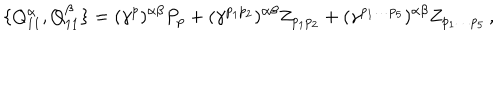
\{ { Q _ { 1 1 } ^ { \alpha } } , { Q _ { 1 1 } ^ { \beta } } \} = ( { \gamma } ^ { p } ) ^ { \alpha \beta } P _ { p } + ( { \gamma } ^ { p _ { 1 } p _ { 2 } } ) ^ { \alpha \beta } Z _ { p _ { 1 } p _ { 2 } } + ( { \gamma } ^ { p _ { 1 } \dots p _ { 5 } } ) ^ { \alpha \beta } Z _ { p _ { 1 } \dots p _ { 5 } } \, ,